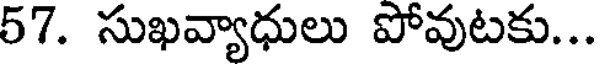
57. సుఖవ్యాధులు పోవుటకు...